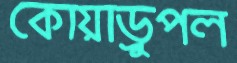
কোয়াড্রুপল